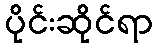
ပိုင်းဆိုင်ရာ